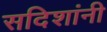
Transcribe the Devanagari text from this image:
सदिशांनी